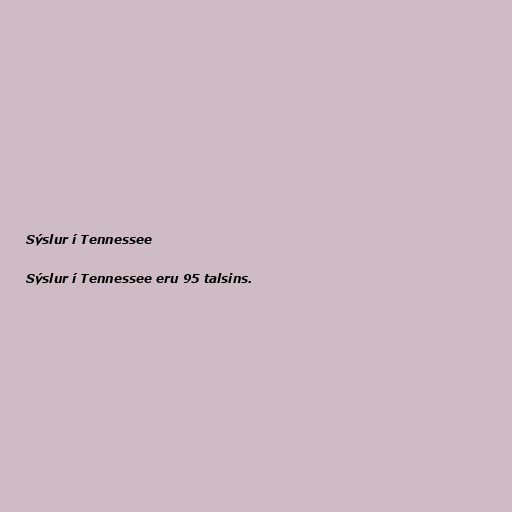
Sýslur í Tennessee

Sýslur í Tennessee eru 95 talsins.